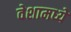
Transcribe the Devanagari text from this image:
वेशामध्ये